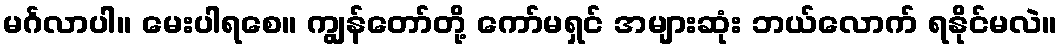
မင်္ဂလာပါ။ မေးပါရစေ။ ကျွန်တော်တို့ ကော်မရှင် အများဆုံး ဘယ်လောက် ရနိုင်မလဲ။